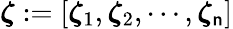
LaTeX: \boldsymbol\zeta:=\left[\boldsymbol\zeta_{1},\boldsymbol\zeta_{2},\cdots,\boldsymbol\zeta_{\mathsf{n}}\right]